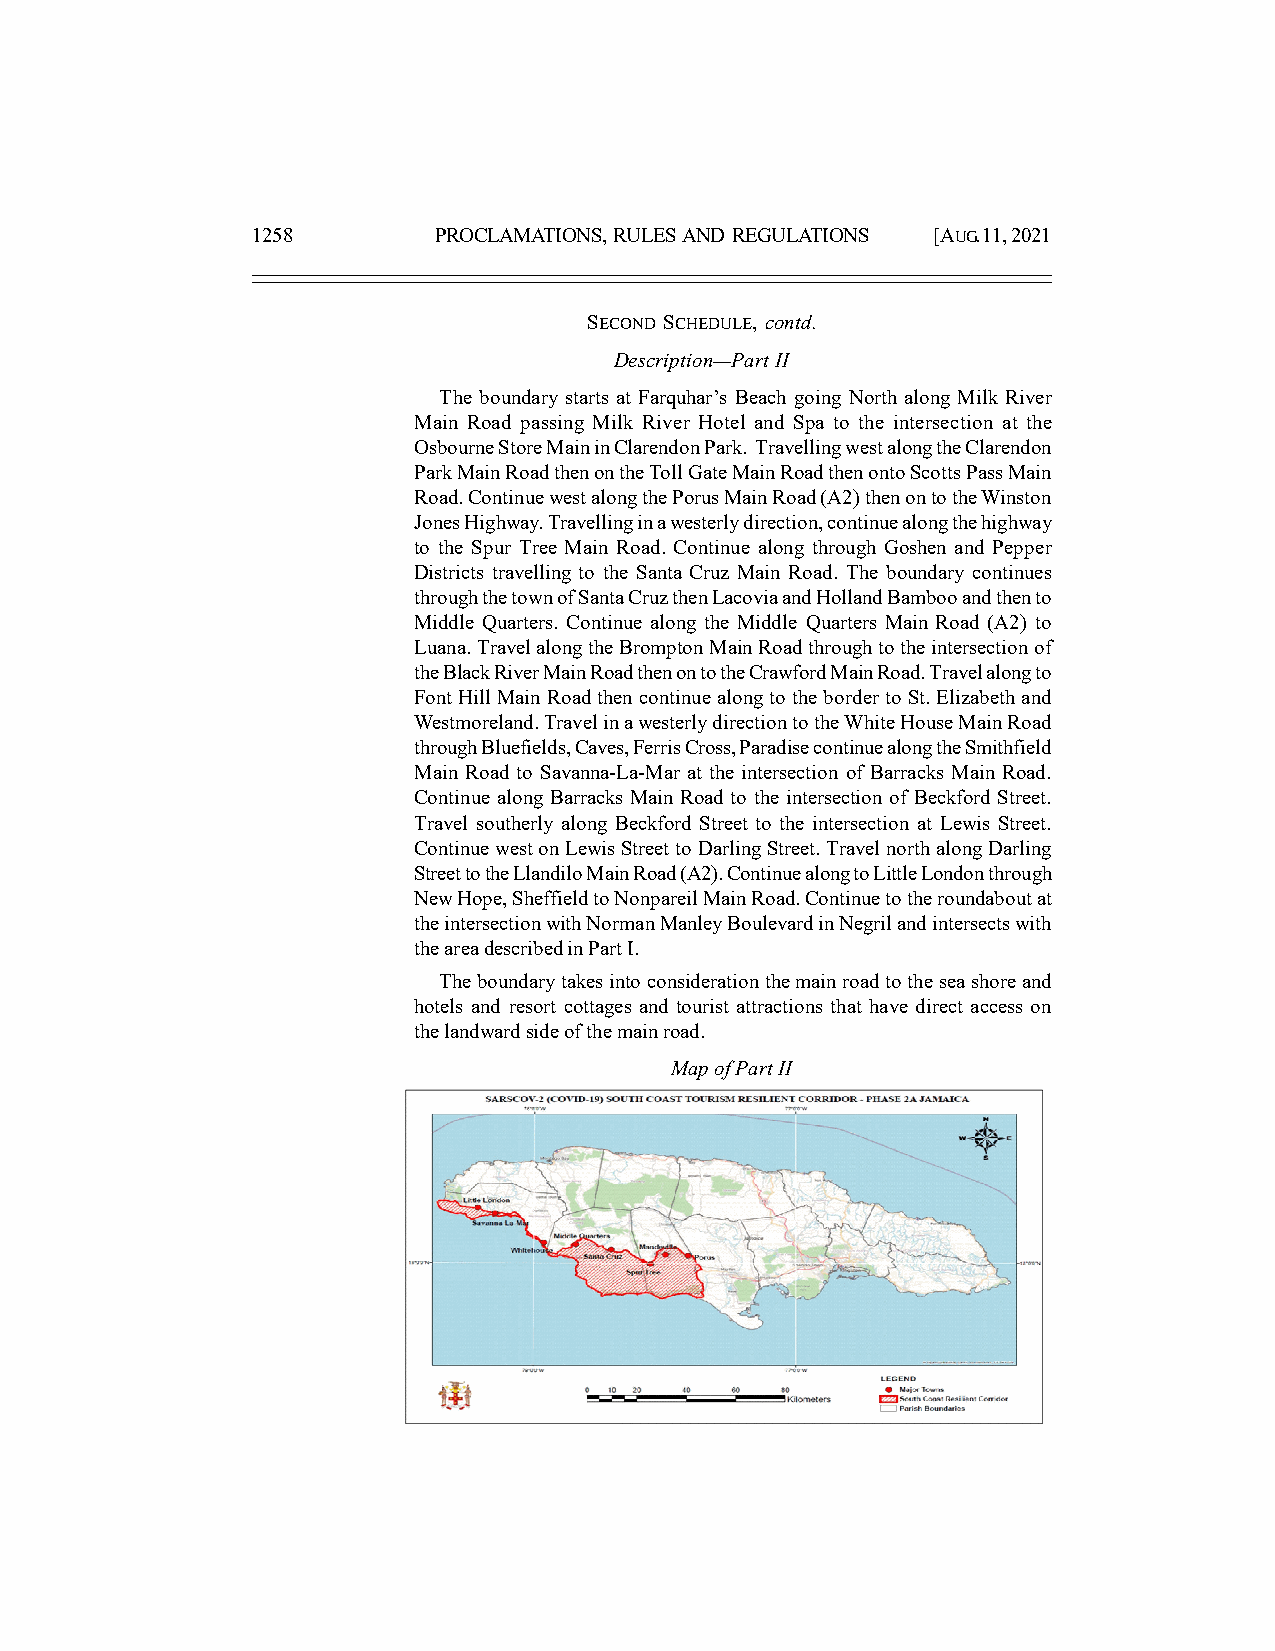
1258        PROCLAMATIONS, RULES AND REGULATIONS [AUG. 11, 2021
 SECOND SCHEDULE, contd.
 Description—Part II
 The boundary starts at Farquhar’s Beach going North along Milk River
 Main Road passing Milk River Hotel and Spa to the intersection at the
 Osbourne Store Main in Clarendon Park. Travelling west along the Clarendon
 Park Main Road then on the Toll Gate Main Road then onto Scotts Pass Main
 Road. Continue west along the Porus Main Road (A2) then on to the Winston
 Jones Highway. Travelling in a westerly direction, continue along the highway
 to the Spur Tree Main Road. Continue along through Goshen and Pepper
 Districts travelling to the Santa Cruz Main Road. The boundary continues
 through the town of Santa Cruz then Lacovia and Holland Bamboo and then to
 Middle Quarters. Continue along the Middle Quarters Main Road (A2) to
 Luana. Travel along the Brompton Main Road through to the intersection of
 the Black River Main Road then on to the Crawford Main Road. Travel along to
 Font Hill Main Road then continue along to the border to St. Elizabeth and
 Westmoreland. Travel in a westerly direction to the White House Main Road
 through Bluefields, Caves, Ferris Cross, Paradise continue along the Smithfield
 Main Road to Savanna-La-Mar at the intersection of Barracks Main Road.
 Continue along Barracks Main Road to the intersection of Beckford Street.
 Travel southerly along Beckford Street to the intersection at Lewis Street.
 Continue west on Lewis Street to Darling Street. Travel north along Darling
 Street to the Llandilo Main Road (A2). Continue along to Little London through
 New Hope, Sheffield to Nonpareil Main Road. Continue to the roundabout at
 the intersection with Norman Manley Boulevard in Negril and intersects with
 the area described in Part I.
 The boundary takes into consideration the main road to the sea shore and
 hotels and resort cottages and tourist attractions that have direct access on
 the landward side of the main road.
 Map of Part II